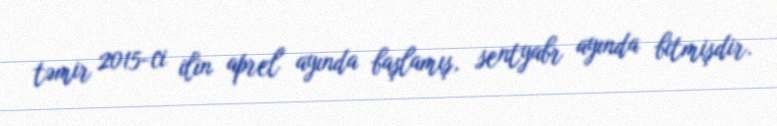
təmir 2015-ci ilin aprel ayında başlamış, sentyabr ayında bitmişdir.